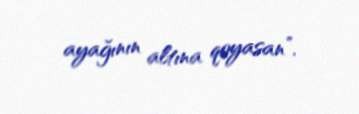
ayağının altına qoyasan”.